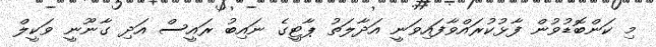
މި ކަންބޮޑުވުން ފާޅުކުރައްވާފައިވަނީ އަދާލަތު ޕާޓީގެ ނައިބު ރައީސް އަދި ގާނޫނީ ވަކީލް